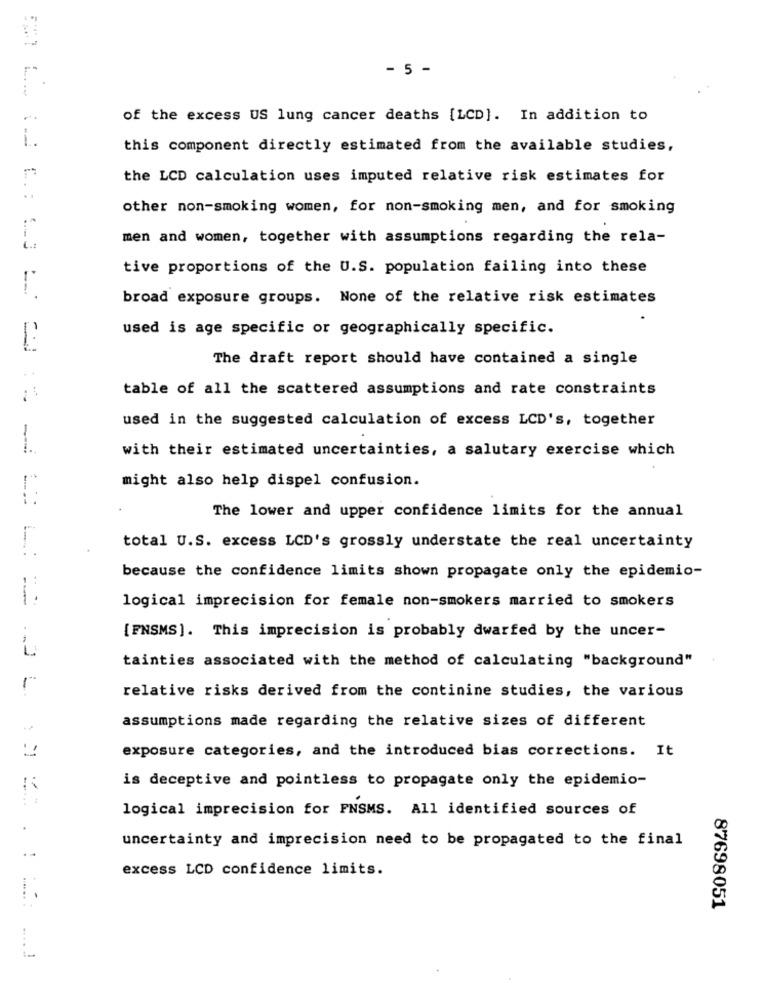
- 5 -
of the excess US lung cancer deaths [LCD]. In addition to
1.
this component directly estimated from the available studies,
the LCD calculation uses imputed relative risk estimates for
C. :
other non-smoking women, for non-smoking men, and for smoking
men and women, together with assumptions regarding the rela-
tive proportions of the U.S. population failing into these
broad exposure groups. None of the relative risk estimates
used is age specific or geographically specific.
The draft report should have contained a single
table of all the scattered assumptions and rate constraints
used in the suggested calculation of excess LCD's, together
1.
with their estimated uncertainties, a salutary exercise which
might also help dispel confusion.
The lower and upper confidence limits for the annual
total U.S. excess LCD's grossly understate the real uncertainty
because the confidence limits shown propagate only the epidemio-
logical imprecision for female non-smokers married to smokers
[FNSMS]. This imprecision is probably dwarfed by the uncer-
tainties associated with the method of calculating "background"
relative risks derived from the continine studies, the various
assumptions made regarding the relative sizes of different
exposure categories, and the introduced bias corrections. It
is deceptive and pointless to propagate only the epidemio-
logical imprecision for FNSMS. All identified sources of
.
uncertainty and imprecision need to be propagated to the final
excess LCD confidence limits.
87698051